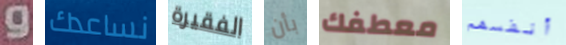
و نساعدك الفقيرة بأن معطفك أنفسهم